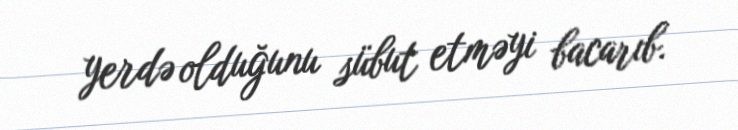
yerdə olduğunu sübut etməyi bacarıb.